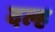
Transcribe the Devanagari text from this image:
दल्ह